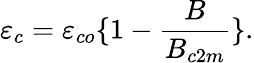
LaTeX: \varepsilon_{c}=\varepsilon_{co}\{ 1-{\frac{B}{B_{c2m}}}\} .